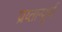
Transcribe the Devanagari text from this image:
प्रय्तान्पूर्ण